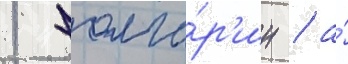
1 болга́р'ин / а́